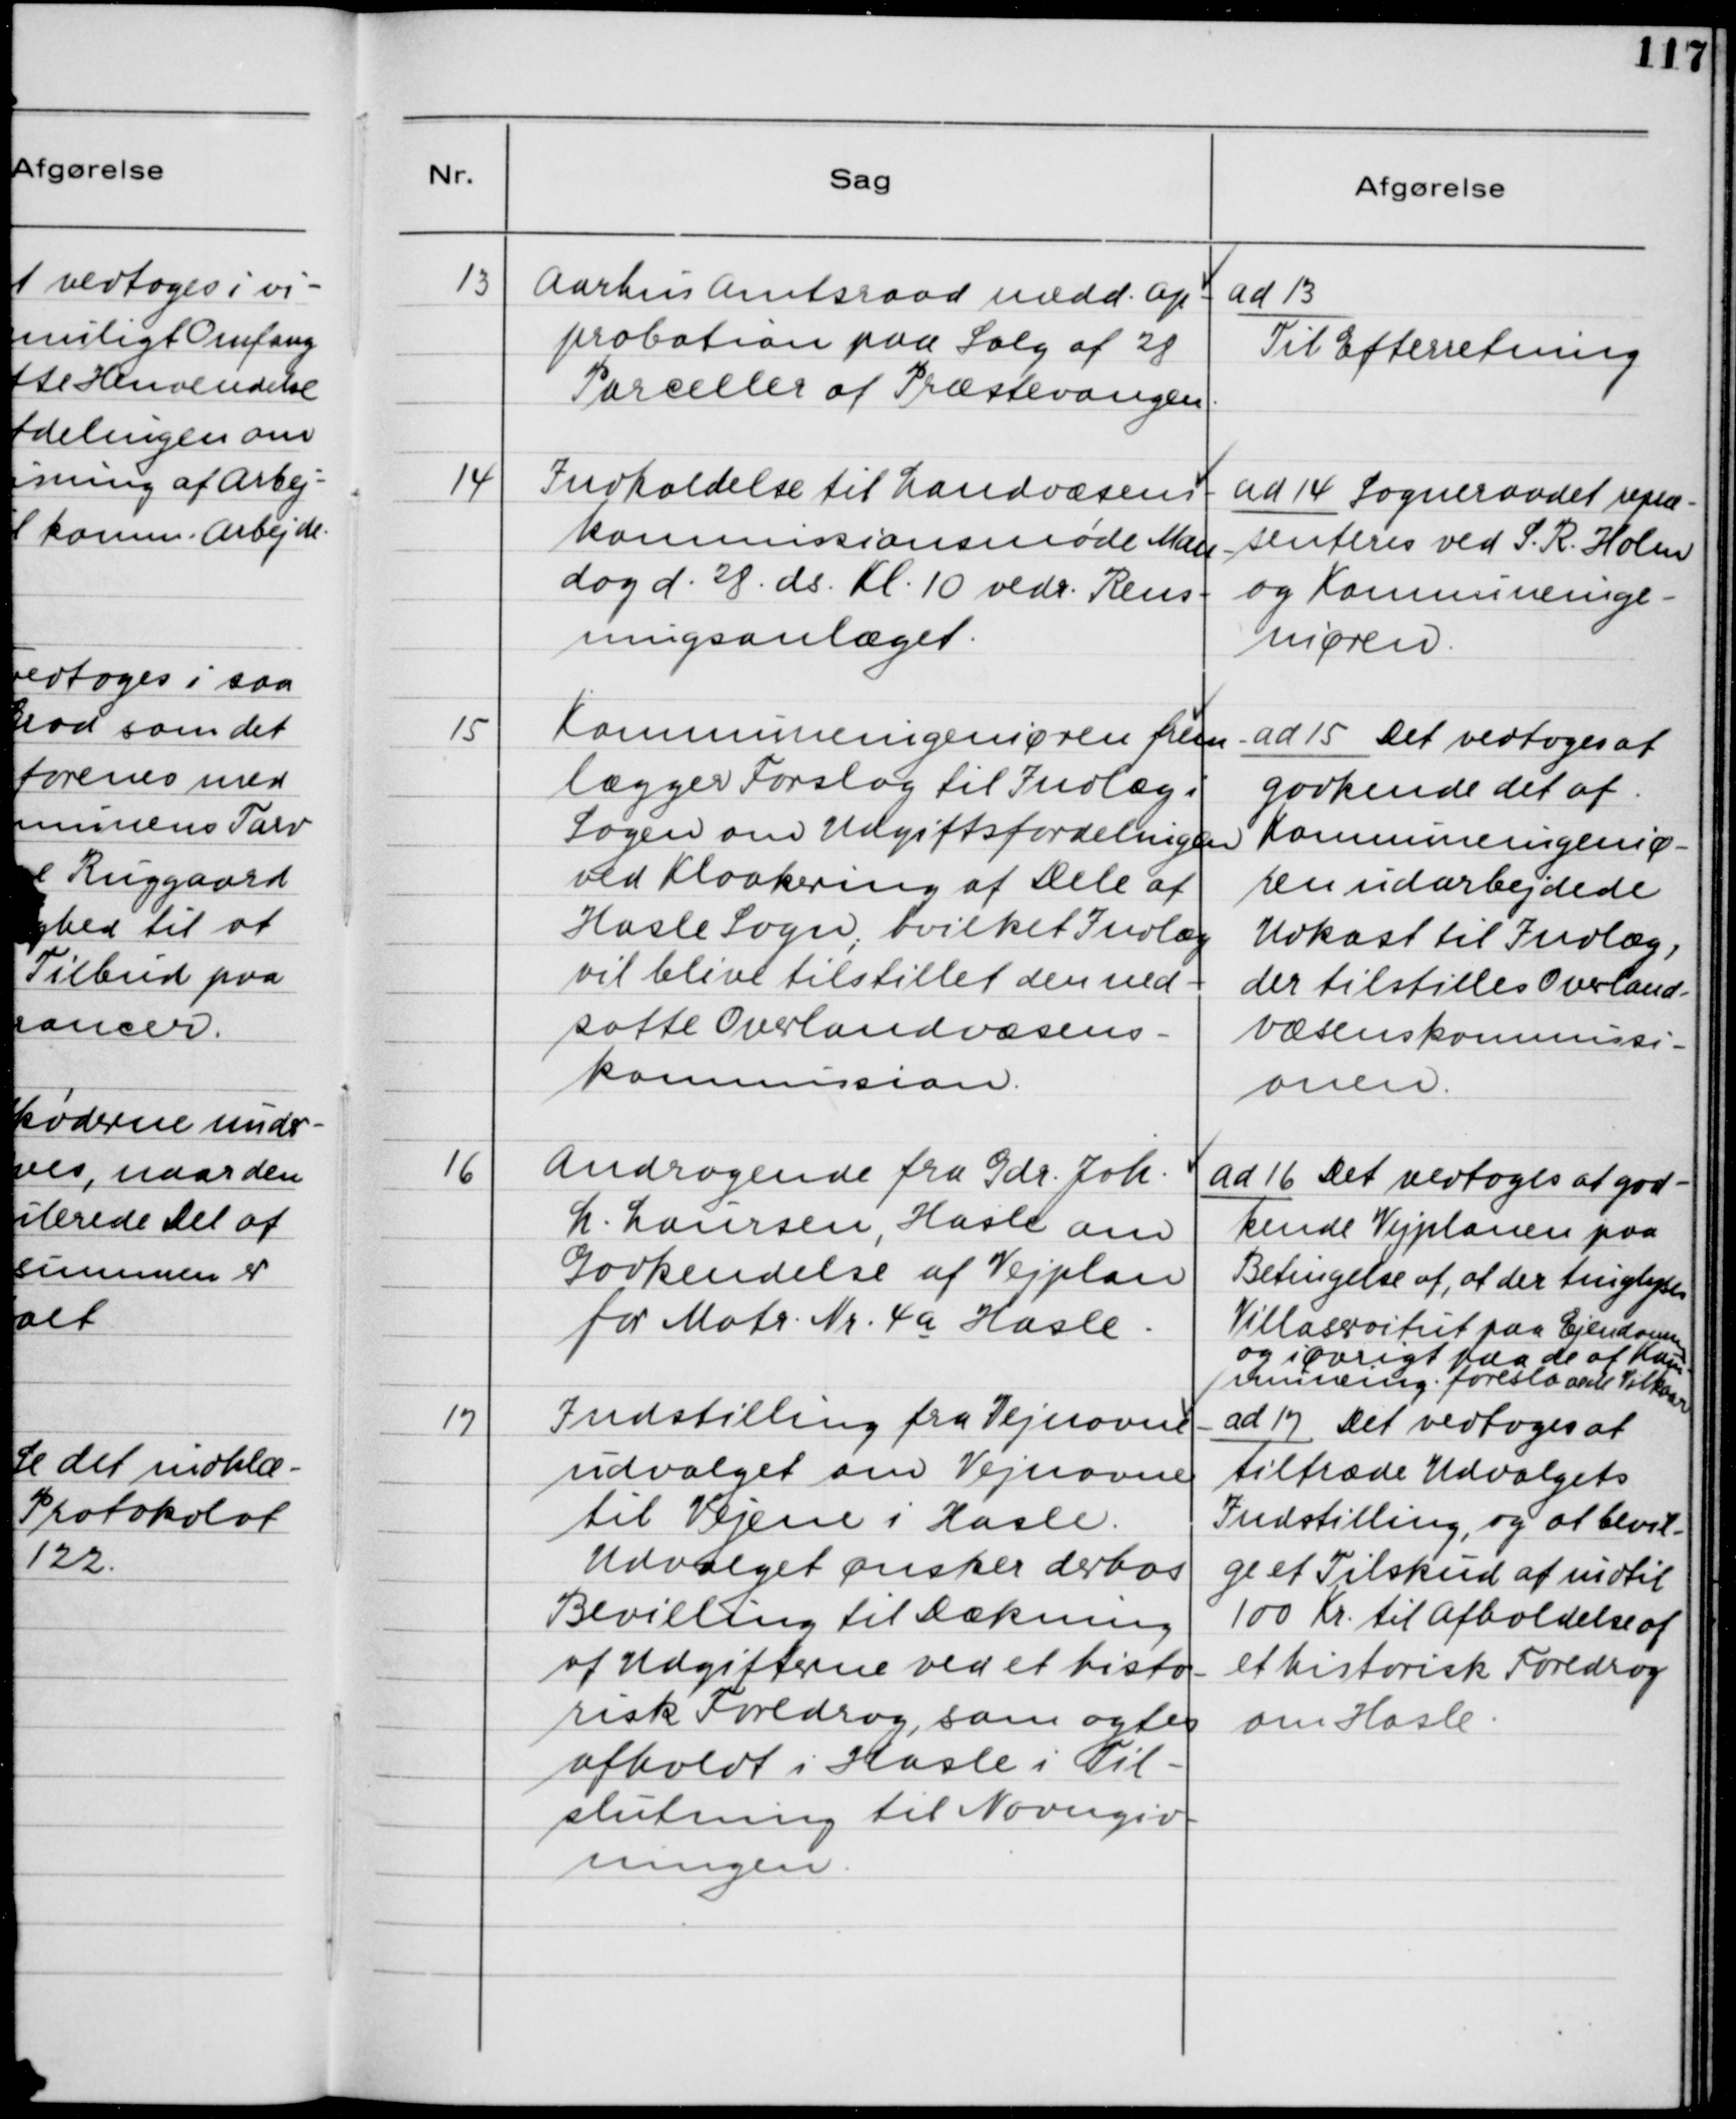
Transskription:
13. Aarhus Amtsraad medd. Ap-
probation paa Salg af 28
Parceller af Præstevangen.

ad 13.
Til Efterretning

14. Indkaldelse til Landvæsens-
kommissionsmøde Mandag
d. 28. ds. Kl. 10 vedr. Rens-
ningsanlæget.

ad 14. Sogneraadet repræ-
senteres ved S. R. Holm
og Kommuneinge-
niøren.

15. Kommuneingeniøren frem-
lægger Forslag til Indlæg i
Sagen om Udgiftsfordelingen
ved Kloakering af Dele af
Hasle Sogn, hvilket Indlæg
vil blive tilstillet den ned-
satte Overlandvæsens-
kommission.

ad 15. Det vedtoges at
godkende det af
Kommuneingeniø-
ren udarbejdede
Udkast til Indlæg,
der tilstilles Overland-
væsenskommissi-
onen.

16. Andragende fra Gdr. Joh.
L. Laursen, Hasle om
Godkendelse af Vejplan
for Matr. Nr. 4a Hasle.

ad 16. Det vedtoges at god-
kende Vejplanen paa
Betingelse af, at der tinglyses
Villaservitut paa Ejendommen
og i Øvrigt paa de af Kom-
muneing. foreslaaede Vilkaar.

17. Indstilling fra Vejnavne-
udvalget om Vejnavne
til Vejene i Hasle.
Udvalget ønsker derhos
Bevilling til Dækning
af Udgifterne ved et histo-
risk Foredrag, som agtes
afholdt i Hasle i Til-
slutning til Navngiv-
ningen.

ad 17. Det vedtoges at
tiltræde Udvalgets
Indstilling, og at bevil-
ge et Tilskud af indtil
100 Kr. til Afholdelse af
et historisk Foredrag
om Hasle.